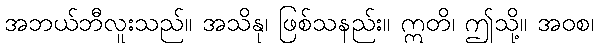
အဘယ်ဘီလူးသည်။ အသိနု၊ ဖြစ်သနည်း။ ဣတိ၊ ဤသို့။ အဝစ၊